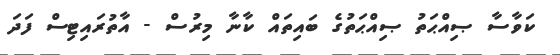
ކަވާސާ ޞިއްޙަތު ޞިއްޙަތުގެ ބައިތައް ކާނާ މިރުސް - އާތުރައިޓިސް ފަދަ